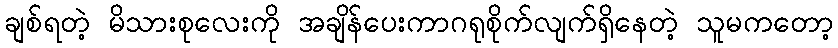
ချစ်ရတဲ့ မိသားစုလေးကို အချိန်ပေးကာဂရုစိုက်လျက်ရှိနေတဲ့ သူမကတော့